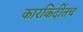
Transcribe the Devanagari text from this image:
कारकिर्दीतच